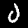
Label: 0